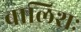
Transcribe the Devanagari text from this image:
बालिशः